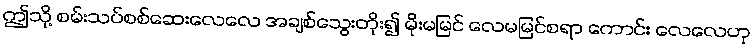
ဤသို့ စမ်းသပ်စစ်ဆေးလေလေ အချစ်သွေးတိုး၍ မိုးမမြင် လေမမြင်စရာ ကောင်း လေလေဟု